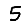
Digit: 5